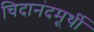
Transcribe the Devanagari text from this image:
चिदानंदमूर्थी